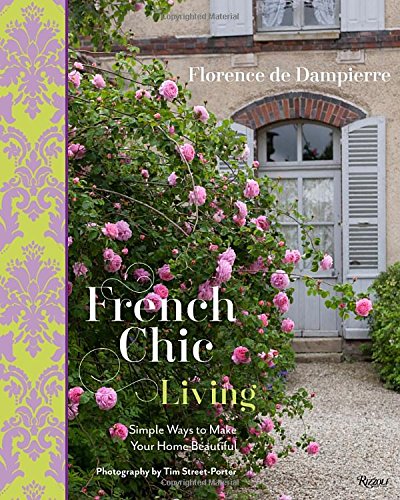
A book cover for French Chic Living: Simple Ways to Make Your Home Beautiful; Florence de Dampierre; Crafts, Hobbies & Home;